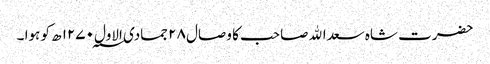
حضرت شاہ سعداﷲ صاحب کا وصال ۲۸ جمادی الاول ۱۲۷۰؁ ھ کو ہوا ۔